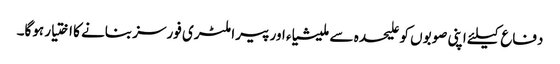
دفاع کیلئے اپنی صوبوں کو علیحدہ سے ملیشیاء اور پیرا ملٹری فورسز بنانے کا اختیار ہوگا۔